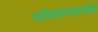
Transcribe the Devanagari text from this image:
सोडवण्याचीच